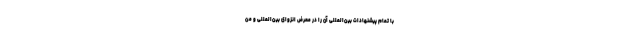
با تمام پیشنهادات بین‌المللی آن را در معرض انزوای بین‌المللی و من